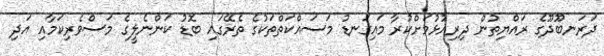
ދަރަނބޫދޫގެ ރައްޔިތުން ދިރިއުޅުމަށްކުރާ މައިގަނޑު މަސައްކަތްތަކުގެ ތެރޭގައި ބޮޑު ކަންނެލީގެ މަސްވެރިކަމާއި އަދި